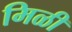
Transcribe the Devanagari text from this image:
मिळी